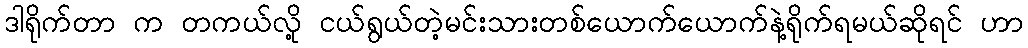
ဒါရိုက်တာ က တကယ်လို့ ငယ်ရွယ်တဲ့မင်းသားတစ်ယောက်ယောက်နဲ့ရိုက်ရမယ်ဆိုရင် ဟာ